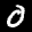
Label: 0